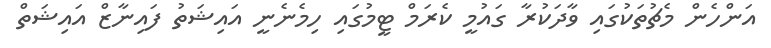
އަންހެން މެޗުތަކުގައި ވާދަކުރާ ގައުމީ ކެރަމް ޓީމުގައި ހިމެނެނީ އައިޝަތު ފައިނާޒް އައިޝަތް